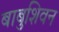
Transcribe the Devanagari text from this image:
बाबुशिवन